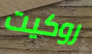
روكيت